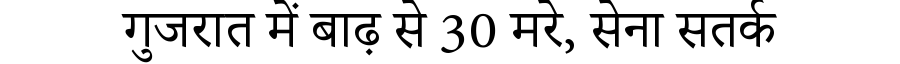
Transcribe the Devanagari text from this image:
गुजरात में बाढ़ से 30 मरे, सेना सतर्क